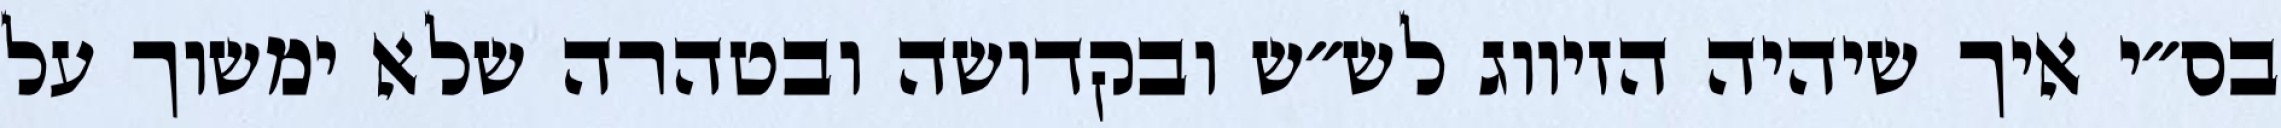
בס״י איך שיהיה הזיווג לש״ש ובקדושה ובטהרה שלא ימשוך על